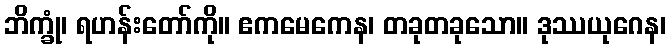
ဘိက္ခုံ၊ ရဟန်းတော်ကို။ ဧကမေကေန၊ တခုတခုသော။ ဒုဿယုဂေန၊